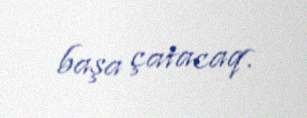
başa çatacaq.